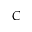
C